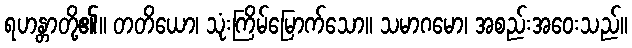
ရဟန္တာတို့၏။ တတိယော၊ သုံးကြိမ်မြောက်သော။ သမာဂမော၊ အစည်းအဝေးသည်။